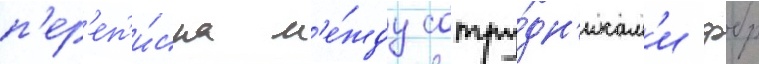
п'ер'еп'и́ска м'е́жду сотру́дн'икам'и фбр